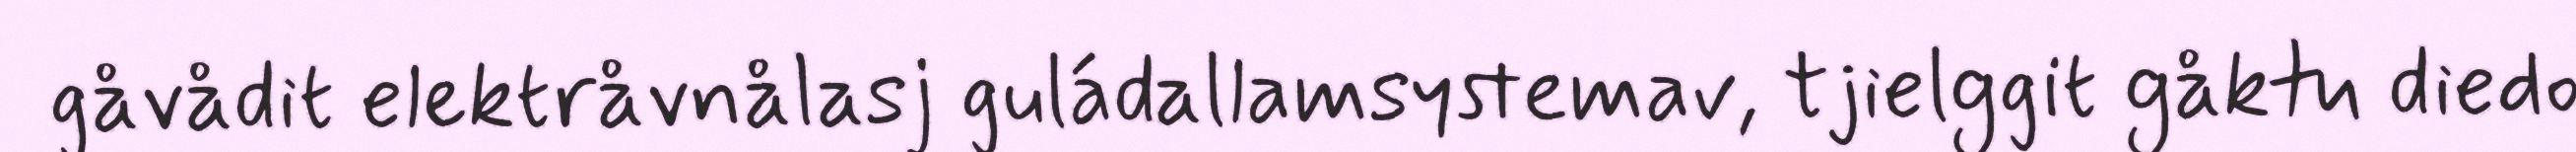
gåvådit elektråvnålasj guládallamsystemav, tjielggit gåktu diedo